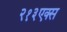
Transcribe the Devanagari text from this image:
२१३एक्स